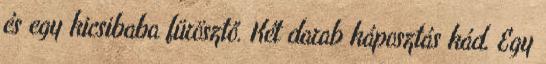
és egy kicsibaba fürösztő. Két darab káposztás kád. Egy